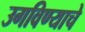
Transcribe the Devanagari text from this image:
उगविण्याचे